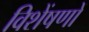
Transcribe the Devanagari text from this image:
विशेंषणों